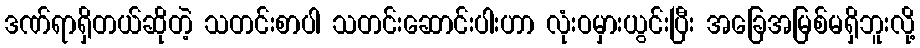
ဒဏ်ရာရှိတယ်ဆိုတဲ့ သတင်းစာပါ သတင်းဆောင်းပါးဟာ လုံးဝမှားယွင်းပြီး အခြေအမြစ်မရှိဘူးလို့